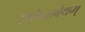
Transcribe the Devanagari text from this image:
एलिज़ाबेथम्